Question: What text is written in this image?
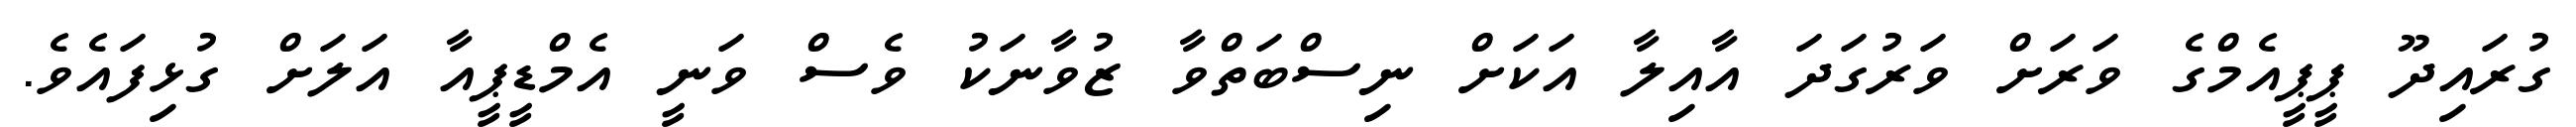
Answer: ގުރައިދޫ ޕީޕީއެމްގެ ވަރަށް ވަރުގަދަ އާއިލާ އަކަށް ނިސްބަތްވާ ޒުވާނަކު ވެސް ވަނީ އެމްޑީޕީއާ އަލަށް ގުޅިފައެވެ.